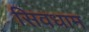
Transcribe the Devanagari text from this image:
सिवधाम